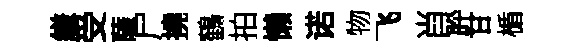
縑受薩尸撓鶴拍懒诺物飞肖肸甘楯